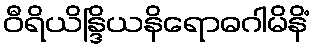
ဝီရိယိန္ဒြိယနိရောဓဂါမိနိံ